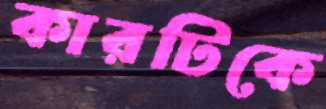
কারটিকে